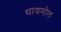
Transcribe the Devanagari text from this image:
थायमोल